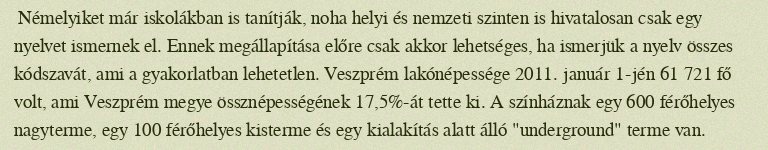
Némelyiket már iskolákban is tanítják, noha helyi és nemzeti szinten is hivatalosan csak egy nyelvet ismernek el. Ennek megállapítása előre csak akkor lehetséges, ha ismerjük a nyelv összes kódszavát, ami a gyakorlatban lehetetlen. Veszprém lakónépessége 2011. január 1-jén 61 721 fő volt, ami Veszprém megye össznépességének 17,5%-át tette ki. A színháznak egy 600 férőhelyes nagyterme, egy 100 férőhelyes kisterme és egy kialakítás alatt álló "underground" terme van.